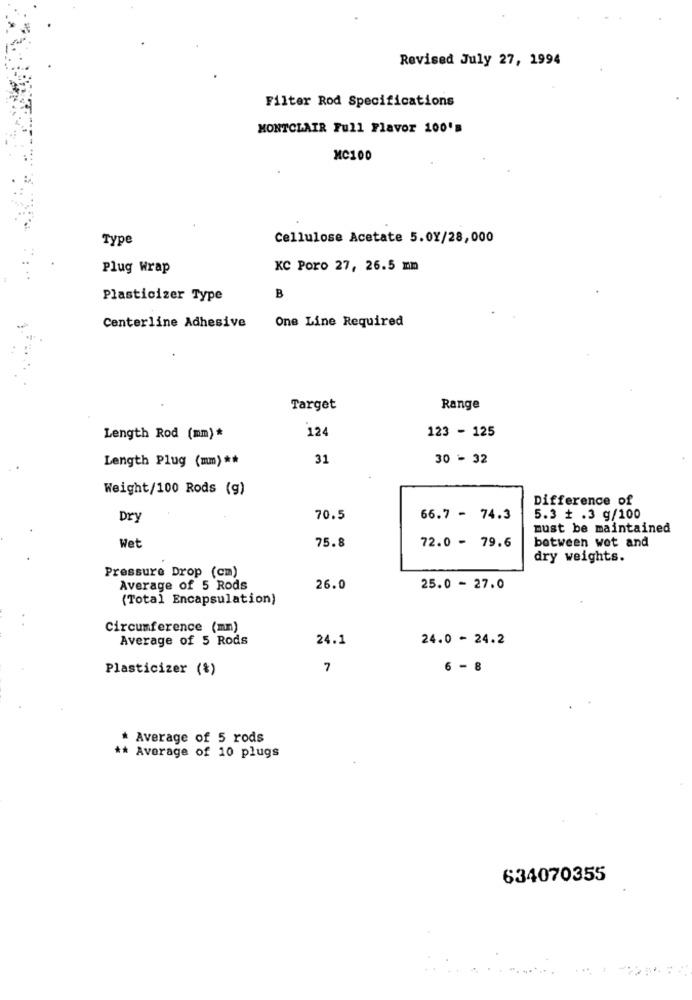
Revised July 27, 1994
Filter Rod Specifications
MONTCLAIR Full Flavor 100's
MC100
Type
Cellulose Acetate 5.0Y/28,000
Plug Wrap
KC Poro 27, 26.5 mm
Plasticizer Type
B
Centerline Adhesive
One Line Required
Target
Range
124
Length Rod (mm)*
123 - 125
Length Plug (mm) **
31
30 - 32
Weight/100 Rods (g)
Difference of
Dry
70.5
66.7 - 74.3
5.3 ₺ .3 g/100
must be maintained
Wet
between wet and
75.8
72.0 - 79.6
dry weights.
Pressure Drop (cm)
Average of 5 Rods
26.0
25.0 - 27.0
(Total Encapsulation)
Circumference (mn)
Average of 5 Rods
24.1
24.0 - 24.2
Plasticizer (%)
7
6 - 8
* Average of 5 rods
** Average of 10 plugs
634070355